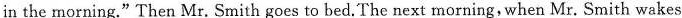
in the morning." Then Mr. Smith goes to bed.The next morning, when Mr. Smith wakes